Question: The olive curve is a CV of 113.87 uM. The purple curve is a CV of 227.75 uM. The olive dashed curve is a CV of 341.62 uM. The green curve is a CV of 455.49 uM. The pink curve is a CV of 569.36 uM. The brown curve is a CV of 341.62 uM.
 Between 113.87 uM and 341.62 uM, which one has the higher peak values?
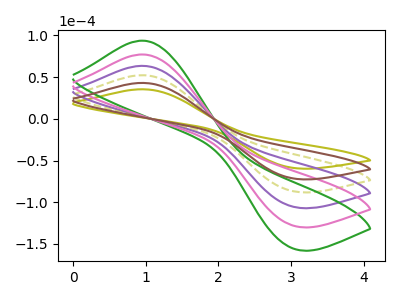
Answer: <think>The olive curve "113.87 uM" has an anodic peak at (0.95V, 35.45uA) and a cathodic peak at (3.00V, -58.60uA). The purple curve "227.75 uM" has an anodic peak at (0.95V, 129.15uA) and a cathodic peak at (3.00V, -213.55uA). The olive dashed curve "341.62 uM" has an anodic peak at (0.95V, 86.10uA) and a cathodic peak at (3.00V, -142.35uA). The green curve "455.49 uM" has an anodic peak at (0.95V, 215.25uA) and a cathodic peak at (3.00V, -355.95uA). The pink curve "569.36 uM" has an anodic peak at (0.95V, 172.20uA) and a cathodic peak at (3.00V, -284.75uA). The brown curve "341.62 uM" has an anodic peak at (0.95V, 43.05uA) and a cathodic peak at (3.00V, -71.20uA).</think>
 <answer>Every peak in "113.87 uM" is lower than every peak in "341.62 uM".</answer>
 <eval>lower</eval>